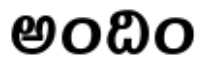
అందిం